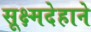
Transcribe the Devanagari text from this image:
सूक्ष्मदेहाने